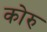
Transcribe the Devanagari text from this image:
कोरु